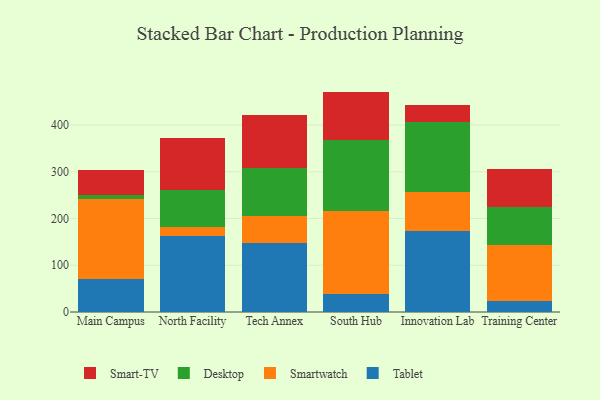
{"axis": {"x": "Campus", "y": "Waste Production (Tons)"}, "legend": ["Desktop", "Smart-TV", "Smartwatch", "Tablet"], "data": [{"x": "Main Campus", "y": 71.6, "type": "Tablet"}, {"x": "Main Campus", "y": 170.9, "type": "Smartwatch"}, {"x": "Main Campus", "y": 6.9, "type": "Desktop"}, {"x": "Main Campus", "y": 53.9, "type": "Smart-TV"}, {"x": "North Facility", "y": 162.1, "type": "Tablet"}, {"x": "North Facility", "y": 19.9, "type": "Smartwatch"}, {"x": "North Facility", "y": 78.0, "type": "Desktop"}, {"x": "North Facility", "y": 112.8, "type": "Smart-TV"}, {"x": "Tech Annex", "y": 147.9, "type": "Tablet"}, {"x": "Tech Annex", "y": 58.0, "type": "Smartwatch"}, {"x": "Tech Annex", "y": 101.8, "type": "Desktop"}, {"x": "Tech Annex", "y": 114.2, "type": "Smart-TV"}, {"x": "South Hub", "y": 38.0, "type": "Tablet"}, {"x": "South Hub", "y": 177.1, "type": "Smartwatch"}, {"x": "South Hub", "y": 152.9, "type": "Desktop"}, {"x": "South Hub", "y": 103.6, "type": "Smart-TV"}, {"x": "Innovation Lab", "y": 172.7, "type": "Tablet"}, {"x": "Innovation Lab", "y": 84.2, "type": "Smartwatch"}, {"x": "Innovation Lab", "y": 149.5, "type": "Desktop"}, {"x": "Innovation Lab", "y": 37.3, "type": "Smart-TV"}, {"x": "Training Center", "y": 22.5, "type": "Tablet"}, {"x": "Training Center", "y": 120.0, "type": "Smartwatch"}, {"x": "Training Center", "y": 81.3, "type": "Desktop"}, {"x": "Training Center", "y": 82.7, "type": "Smart-TV"}]}